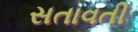
સતાવતી